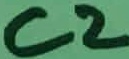
Text: C2